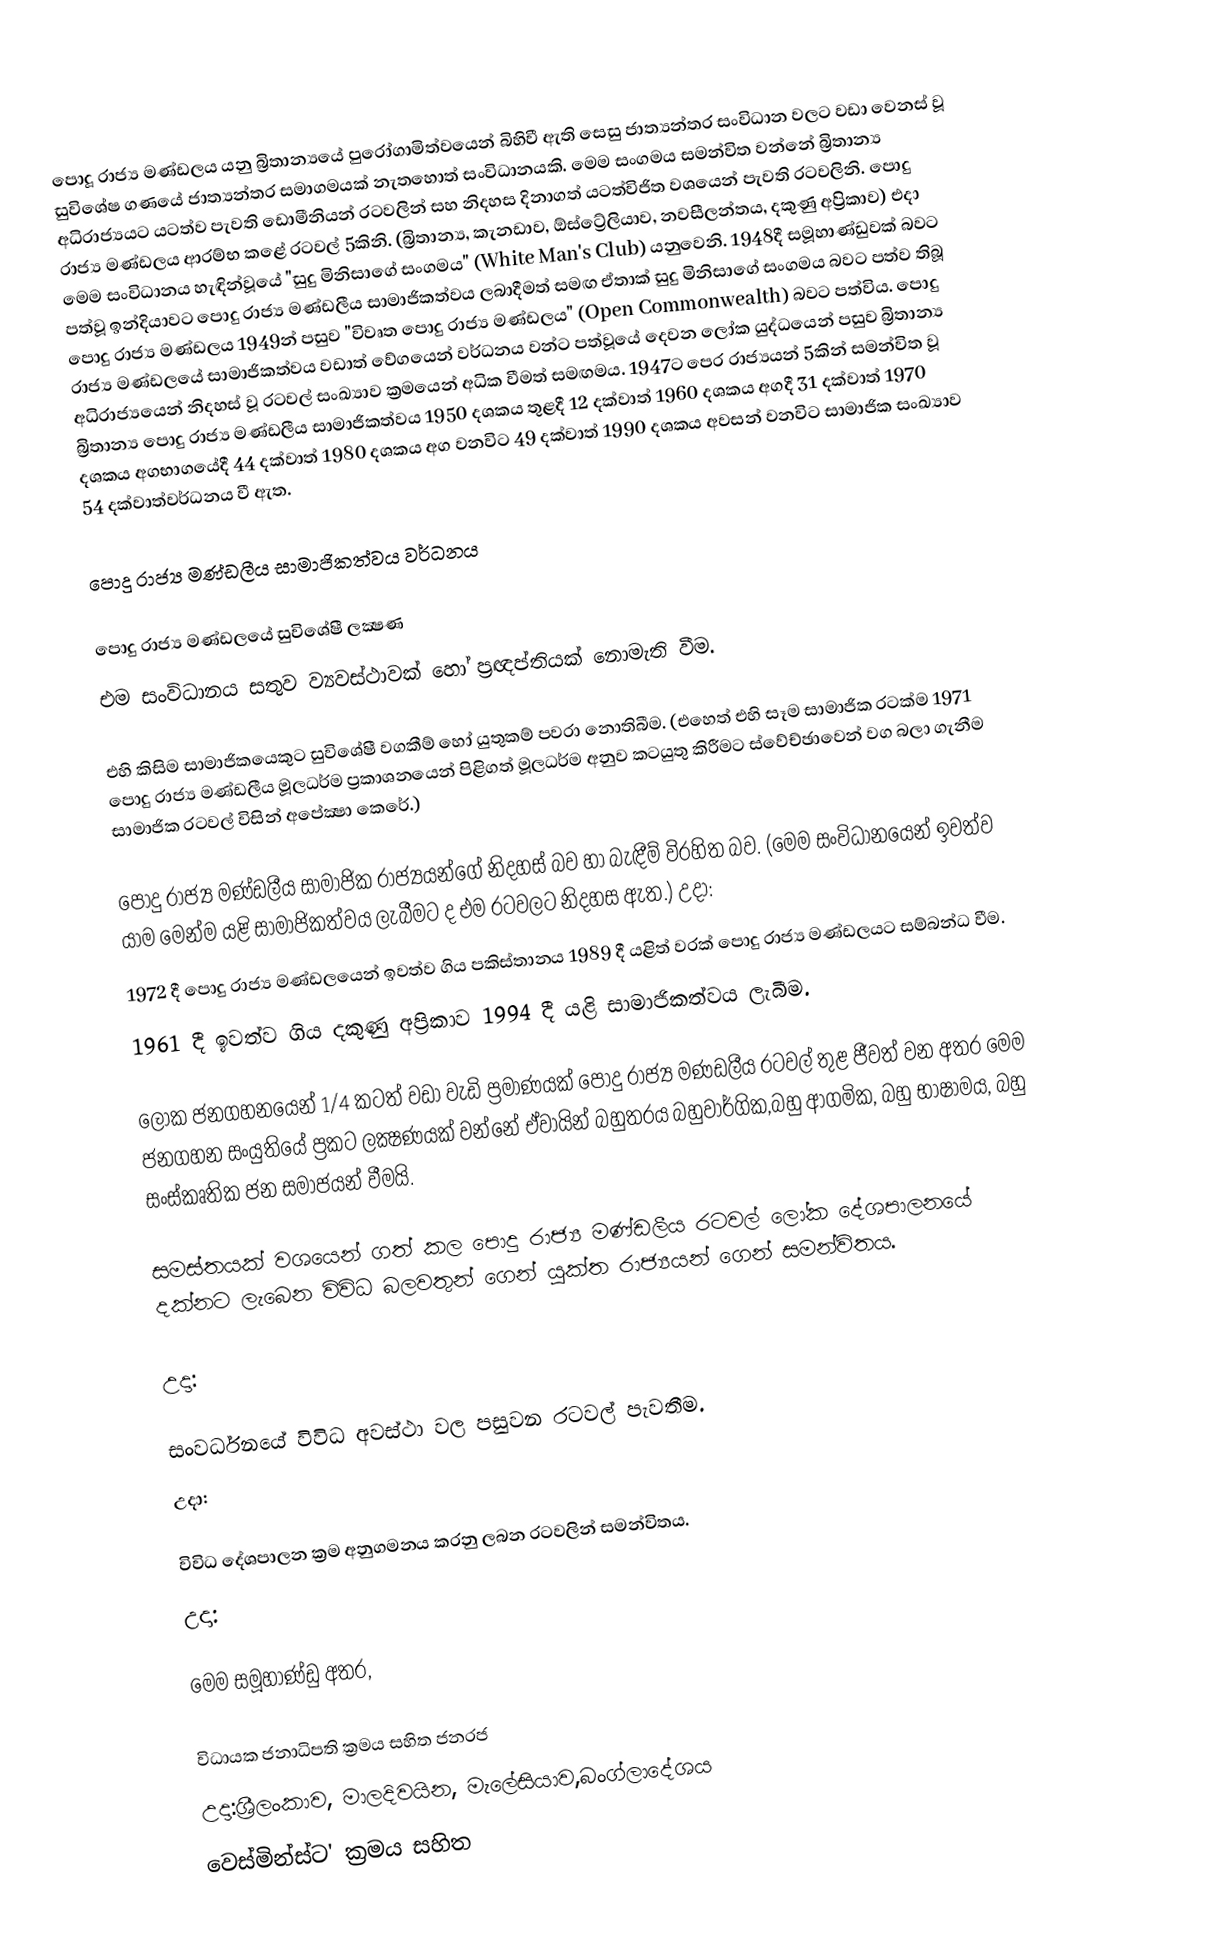
පොදූ රාජ්‍ය මණ්ඩලය යනු බ්‍රිතාන්‍යයේ පුරෝගාමිත්වයෙන් බිහිවී ඇති සෙසු ජාත්‍යන්තර සංවිධාන වලට වඩා වෙනස් වූ සුවිශේෂ ගණයේ ජාත්‍යන්තර සමාගමයක් නැතහොත් සංවිධානයකි. මෙම සංගමය සමන්විත වන්නේ බ්‍රිතාන්‍ය අධිරාජ්‍යයට යටත්ව පැවති ඩොමීනියන් රටවලින් සහ නිදහස දිනාගත් යටත්විජිත වශයෙන් පැවති රටවලිනි. පොදු රාජ්‍ය මණ්ඩලය ආරම්භ කළේ රටවල් 5කිනි. (බ්‍රිතාන්‍ය, කැනඩාව, ඕස්ට්‍රේලියාව, නවසීලන්තය, දකුණු අප්‍රිකාව) එදා මෙම සංවිධානය හැඳින්වූයේ "සුදු මිනිසාගේ සංගමය" (White Man's Club) යනුවෙනි. 1948දී සමූහාණ්ඩුවක් බවට පත්වූ ඉන්දියාවට පොදු රාජ්‍ය මණ්ඩලීය සාමාජිකත්වය ලබාදීමත් සමඟ ඒතාක් සුදු මිනිසාගේ සංගමය බවට පත්ව තිබූ පොදු රාජ්‍ය මණ්ඩලය 1949න් පසුව "විවෘත පොදු රාජ්‍ය මණ්ඩලය" (Open Commonwealth) බවට පත්විය. පොදු රාජ්‍ය මණ්ඩලයේ සාමාජිකත්වය වඩාත් වේගයෙන් වර්ධනය වන්ට පත්වූයේ දෙවන ලෝක යුද්ධයෙන් පසුව බ්‍රිතාන්‍ය අධිරාජ්‍යයෙන් නිදහස් වූ රටවල් සංඛ්‍යාව ක්‍රමයෙන් අධික වීමත් සමඟමය. 1947ට පෙර රාජ්‍යයන් 5කින් සමන්විත වූ බ්‍රිතාන්‍ය පොදු රාජ්‍ය මණ්ඩලීය සාමාජිකත්වය 1950 දශකය තුළදී 12 දක්වාත් 1960 දශකය අගදී 31 දක්වාත් 1970 දශකය අගභාගයේදී 44 දක්වාත් 1980 දශකය අග වනවිට 49 දක්වාත් 1990 දශකය අවසන් වනවිට සාමාජික සංඛ්‍යාව 54 දක්වාත්වර්ධනය වී ඇත.

පොදු රාජ්‍ය මණ්ඩලීය සාමාජිකත්වය වර්ධනය

පොදු රාජ්‍ය මණ්ඩලයේ සුවිශේෂී ලක්‍ෂණ
 එම සංවිධානය සතුව ව්‍යවස්ථාවක් හෝ ප්‍රඥප්තියක් නොමැති වීම.

 එහි කිසිම සාමාජිකයෙකුට සුවිශේෂී වගකීම් හෝ යුතුකම් පවරා නොතිබීම. (එහෙත් එහි සෑම සාමාජික රටක්ම 1971 පොදු රාජ්‍ය මණ්ඩලීය මූලධර්ම ප්‍රකාශනයෙන් පිළිගත් මූලධර්ම අනුව කටයුතු කිරීමට ස්වේච්ඡාවෙන් වග බලා ගැනීම සාමාජික රටවල් විසින් අපේක්‍ෂා කෙරේ.)

 පොදු රාජ්‍ය මණ්ඩලීය සාමාජික රාජ්‍යයන්ගේ නිදහස් බව හා බැඳීම් විරහිත බව. (මෙම සංවිධානයෙන් ඉවත්ව යාම මෙන්ම යළි සාමාජිකත්වය ලැබීමට ද එම රටවලට නිදහස ඇත.) උදා:
 1972 දී පොදු රාජ්‍ය මණ්ඩලයෙන් ඉවත්ව ගිය පකිස්තානය 1989 දී යළිත් වරක් පොදු රාජ්‍ය මණ්ඩලයට සම්බන්ධ වීම.
 1961 දී ඉවත්ව ගිය දකුණු අප්‍රිකාව 1994 දී යළි සාමාජිකත්වය ලැබීම.

 ලෝක ජනගහනයෙන් 1/4 කටත් වඩා වැඩි ප්‍රමාණයක් පොදු රාජ්‍ය මණඩලීය රටවල් තුළ ජීවත් වන අතර මෙම ජනගහන සංයුතියේ ප්‍රකට ලක්‍ෂණයක් වන්නේ ඒවායින් බහුතරය බහුවාර්ගික,බහු ආගමික, බහු භාෂාමය, බහු සංස්කෘතික ජන සමාජයන් වීමයි.

 සමස්තයක් වශයෙන් ගත් කල පොදු රාජ්‍ය මණ්ඩලීය රටවල් ලෝක දේශපාලනයේ දක්නට ලැබෙන විවිධ බලවතුන් ගෙන් යුක්ත රාජ්‍යයන් ගෙන් සමන්විතය.

උදා:

 සංවර්ධනයේ විවිධ අවස්ථා වල පසුවන රටවල් පැවතීම.
උදා:

 විවිධ දේශපාලන ක්‍රම අනුගමනය කරනු ලබන රටවලින් සමන්විතය.
උදා:

මෙම සමූහාණ්ඩු අතර,

 විධායක ජනාධිපති ක්‍රමය සහිත ජනරජ
උදා:ශ්‍රීලංකාව, මාලදිවයින, මැලේසියාව,බංග්ලාදේශය
 වෙස්මින්ස්ට' ක්‍රමය සහිත